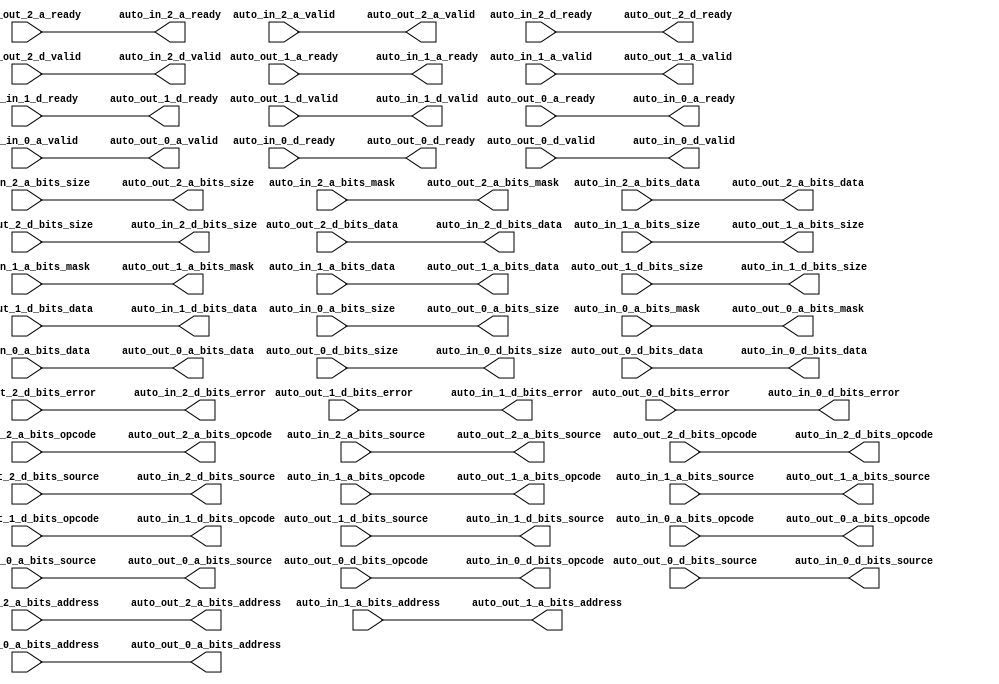
// Copyright (c) 2017, Microsemi Corporation
// All rights reserved.
//
// Redistribution and use in source and binary forms, with or without
// modification, are permitted provided that the following conditions are met:
//     * Redistributions of source code must retain the above copyright
//       notice, this list of conditions and the following disclaimer.
//     * Redistributions in binary form must reproduce the above copyright
//       notice, this list of conditions and the following disclaimer in the
//       documentation and/or other materials provided with the distribution.
//     * Neither the name of the <organization> nor the
//       names of its contributors may be used to endorse or promote products
//       derived from this software without specific prior written permission.
//
// THIS SOFTWARE IS PROVIDED BY THE COPYRIGHT HOLDERS AND CONTRIBUTORS "AS IS" AND
// ANY EXPRESS OR IMPLIED WARRANTIES, INCLUDING, BUT NOT LIMITED TO, THE IMPLIED
// WARRANTIES OF MERCHANTABILITY AND FITNESS FOR A PARTICULAR PURPOSE ARE
// DISCLAIMED. IN NO EVENT SHALL MICROSEMI CORPORATIONM BE LIABLE FOR ANY
// DIRECT, INDIRECT, INCIDENTAL, SPECIAL, EXEMPLARY, OR CONSEQUENTIAL DAMAGES
// (INCLUDING, BUT NOT LIMITED TO, PROCUREMENT OF SUBSTITUTE GOODS OR SERVICES;
// LOSS OF USE, DATA, OR PROFITS; OR BUSINESS INTERRUPTION) HOWEVER CAUSED AND
// ON ANY THEORY OF LIABILITY, WHETHER IN CONTRACT, STRICT LIABILITY, OR TORT
// (INCLUDING NEGLIGENCE OR OTHERWISE) ARISING IN ANY WAY OUT OF THE USE OF THIS
// SOFTWARE, EVEN IF ADVISED OF THE POSSIBILITY OF SUCH DAMAGE.
//
// APACHE LICENSE
// Copyright (c) 2017, Microsemi Corporation 
//
// Licensed under the Apache License, Version 2.0 (the "License");
// you may not use this file except in compliance with the License.
// You may obtain a copy of the License at
//
//    http://www.apache.org/licenses/LICENSE-2.0
//
// Unless required by applicable law or agreed to in writing, software
// distributed under the License is distributed on an "AS IS" BASIS,
// WITHOUT WARRANTIES OR CONDITIONS OF ANY KIND, either express or implied.
// See the License for the specific language governing permissions and
// limitations under the License.
//
// Description:
//
// SVN Revision Information:
// SVN $Revision: $
// SVN $Date: $
//
// Resolved SARs
// SAR      Date     Who   Description
//
// Notes:
//
// ****************************************************************************/
`ifndef RANDOMIZE_REG_INIT 
	 `define RANDOMIZE_REG_INIT 
 `endif
`ifndef RANDOMIZE_MEM_INIT 
	 `define RANDOMIZE_MEM_INIT 
 `endif
`ifndef RANDOMIZE 
	 `define RANDOMIZE 
`endif

`timescale 1ns/10ps
module MIV_RV32IMA_L1_AHB_C1_MIV_RV32IMA_L1_AHB_C1_0_MIV_RV32IMA_L1_AHB_TLBUFFER_PERIPHERY_BUS_SLAVE_TLBUFFER( // @[:freechips.rocketchip.system.MivRV32ImaL1AhbConfig.fir@3107.2]
  output        auto_in_2_a_ready, // @[:freechips.rocketchip.system.MivRV32ImaL1AhbConfig.fir@3110.4]
  input         auto_in_2_a_valid, // @[:freechips.rocketchip.system.MivRV32ImaL1AhbConfig.fir@3110.4]
  input  [2:0]  auto_in_2_a_bits_opcode, // @[:freechips.rocketchip.system.MivRV32ImaL1AhbConfig.fir@3110.4]
  input  [2:0]  auto_in_2_a_bits_size, // @[:freechips.rocketchip.system.MivRV32ImaL1AhbConfig.fir@3110.4]
  input  [2:0]  auto_in_2_a_bits_source, // @[:freechips.rocketchip.system.MivRV32ImaL1AhbConfig.fir@3110.4]
  input  [11:0] auto_in_2_a_bits_address, // @[:freechips.rocketchip.system.MivRV32ImaL1AhbConfig.fir@3110.4]
  input  [3:0]  auto_in_2_a_bits_mask, // @[:freechips.rocketchip.system.MivRV32ImaL1AhbConfig.fir@3110.4]
  input  [31:0] auto_in_2_a_bits_data, // @[:freechips.rocketchip.system.MivRV32ImaL1AhbConfig.fir@3110.4]
  input         auto_in_2_d_ready, // @[:freechips.rocketchip.system.MivRV32ImaL1AhbConfig.fir@3110.4]
  output        auto_in_2_d_valid, // @[:freechips.rocketchip.system.MivRV32ImaL1AhbConfig.fir@3110.4]
  output [2:0]  auto_in_2_d_bits_opcode, // @[:freechips.rocketchip.system.MivRV32ImaL1AhbConfig.fir@3110.4]
  output [2:0]  auto_in_2_d_bits_size, // @[:freechips.rocketchip.system.MivRV32ImaL1AhbConfig.fir@3110.4]
  output [2:0]  auto_in_2_d_bits_source, // @[:freechips.rocketchip.system.MivRV32ImaL1AhbConfig.fir@3110.4]
  output [31:0] auto_in_2_d_bits_data, // @[:freechips.rocketchip.system.MivRV32ImaL1AhbConfig.fir@3110.4]
  output        auto_in_2_d_bits_error, // @[:freechips.rocketchip.system.MivRV32ImaL1AhbConfig.fir@3110.4]
  output        auto_in_1_a_ready, // @[:freechips.rocketchip.system.MivRV32ImaL1AhbConfig.fir@3110.4]
  input         auto_in_1_a_valid, // @[:freechips.rocketchip.system.MivRV32ImaL1AhbConfig.fir@3110.4]
  input  [2:0]  auto_in_1_a_bits_opcode, // @[:freechips.rocketchip.system.MivRV32ImaL1AhbConfig.fir@3110.4]
  input  [2:0]  auto_in_1_a_bits_size, // @[:freechips.rocketchip.system.MivRV32ImaL1AhbConfig.fir@3110.4]
  input  [2:0]  auto_in_1_a_bits_source, // @[:freechips.rocketchip.system.MivRV32ImaL1AhbConfig.fir@3110.4]
  input  [30:0] auto_in_1_a_bits_address, // @[:freechips.rocketchip.system.MivRV32ImaL1AhbConfig.fir@3110.4]
  input  [3:0]  auto_in_1_a_bits_mask, // @[:freechips.rocketchip.system.MivRV32ImaL1AhbConfig.fir@3110.4]
  input  [31:0] auto_in_1_a_bits_data, // @[:freechips.rocketchip.system.MivRV32ImaL1AhbConfig.fir@3110.4]
  input         auto_in_1_d_ready, // @[:freechips.rocketchip.system.MivRV32ImaL1AhbConfig.fir@3110.4]
  output        auto_in_1_d_valid, // @[:freechips.rocketchip.system.MivRV32ImaL1AhbConfig.fir@3110.4]
  output [2:0]  auto_in_1_d_bits_opcode, // @[:freechips.rocketchip.system.MivRV32ImaL1AhbConfig.fir@3110.4]
  output [2:0]  auto_in_1_d_bits_size, // @[:freechips.rocketchip.system.MivRV32ImaL1AhbConfig.fir@3110.4]
  output [2:0]  auto_in_1_d_bits_source, // @[:freechips.rocketchip.system.MivRV32ImaL1AhbConfig.fir@3110.4]
  output [31:0] auto_in_1_d_bits_data, // @[:freechips.rocketchip.system.MivRV32ImaL1AhbConfig.fir@3110.4]
  output        auto_in_1_d_bits_error, // @[:freechips.rocketchip.system.MivRV32ImaL1AhbConfig.fir@3110.4]
  output        auto_in_0_a_ready, // @[:freechips.rocketchip.system.MivRV32ImaL1AhbConfig.fir@3110.4]
  input         auto_in_0_a_valid, // @[:freechips.rocketchip.system.MivRV32ImaL1AhbConfig.fir@3110.4]
  input  [2:0]  auto_in_0_a_bits_opcode, // @[:freechips.rocketchip.system.MivRV32ImaL1AhbConfig.fir@3110.4]
  input  [2:0]  auto_in_0_a_bits_size, // @[:freechips.rocketchip.system.MivRV32ImaL1AhbConfig.fir@3110.4]
  input  [2:0]  auto_in_0_a_bits_source, // @[:freechips.rocketchip.system.MivRV32ImaL1AhbConfig.fir@3110.4]
  input  [30:0] auto_in_0_a_bits_address, // @[:freechips.rocketchip.system.MivRV32ImaL1AhbConfig.fir@3110.4]
  input  [3:0]  auto_in_0_a_bits_mask, // @[:freechips.rocketchip.system.MivRV32ImaL1AhbConfig.fir@3110.4]
  input  [31:0] auto_in_0_a_bits_data, // @[:freechips.rocketchip.system.MivRV32ImaL1AhbConfig.fir@3110.4]
  input         auto_in_0_d_ready, // @[:freechips.rocketchip.system.MivRV32ImaL1AhbConfig.fir@3110.4]
  output        auto_in_0_d_valid, // @[:freechips.rocketchip.system.MivRV32ImaL1AhbConfig.fir@3110.4]
  output [2:0]  auto_in_0_d_bits_opcode, // @[:freechips.rocketchip.system.MivRV32ImaL1AhbConfig.fir@3110.4]
  output [2:0]  auto_in_0_d_bits_size, // @[:freechips.rocketchip.system.MivRV32ImaL1AhbConfig.fir@3110.4]
  output [2:0]  auto_in_0_d_bits_source, // @[:freechips.rocketchip.system.MivRV32ImaL1AhbConfig.fir@3110.4]
  output [31:0] auto_in_0_d_bits_data, // @[:freechips.rocketchip.system.MivRV32ImaL1AhbConfig.fir@3110.4]
  output        auto_in_0_d_bits_error, // @[:freechips.rocketchip.system.MivRV32ImaL1AhbConfig.fir@3110.4]
  input         auto_out_2_a_ready, // @[:freechips.rocketchip.system.MivRV32ImaL1AhbConfig.fir@3110.4]
  output        auto_out_2_a_valid, // @[:freechips.rocketchip.system.MivRV32ImaL1AhbConfig.fir@3110.4]
  output [2:0]  auto_out_2_a_bits_opcode, // @[:freechips.rocketchip.system.MivRV32ImaL1AhbConfig.fir@3110.4]
  output [2:0]  auto_out_2_a_bits_size, // @[:freechips.rocketchip.system.MivRV32ImaL1AhbConfig.fir@3110.4]
  output [2:0]  auto_out_2_a_bits_source, // @[:freechips.rocketchip.system.MivRV32ImaL1AhbConfig.fir@3110.4]
  output [11:0] auto_out_2_a_bits_address, // @[:freechips.rocketchip.system.MivRV32ImaL1AhbConfig.fir@3110.4]
  output [3:0]  auto_out_2_a_bits_mask, // @[:freechips.rocketchip.system.MivRV32ImaL1AhbConfig.fir@3110.4]
  output [31:0] auto_out_2_a_bits_data, // @[:freechips.rocketchip.system.MivRV32ImaL1AhbConfig.fir@3110.4]
  output        auto_out_2_d_ready, // @[:freechips.rocketchip.system.MivRV32ImaL1AhbConfig.fir@3110.4]
  input         auto_out_2_d_valid, // @[:freechips.rocketchip.system.MivRV32ImaL1AhbConfig.fir@3110.4]
  input  [2:0]  auto_out_2_d_bits_opcode, // @[:freechips.rocketchip.system.MivRV32ImaL1AhbConfig.fir@3110.4]
  input  [2:0]  auto_out_2_d_bits_size, // @[:freechips.rocketchip.system.MivRV32ImaL1AhbConfig.fir@3110.4]
  input  [2:0]  auto_out_2_d_bits_source, // @[:freechips.rocketchip.system.MivRV32ImaL1AhbConfig.fir@3110.4]
  input  [31:0] auto_out_2_d_bits_data, // @[:freechips.rocketchip.system.MivRV32ImaL1AhbConfig.fir@3110.4]
  input         auto_out_2_d_bits_error, // @[:freechips.rocketchip.system.MivRV32ImaL1AhbConfig.fir@3110.4]
  input         auto_out_1_a_ready, // @[:freechips.rocketchip.system.MivRV32ImaL1AhbConfig.fir@3110.4]
  output        auto_out_1_a_valid, // @[:freechips.rocketchip.system.MivRV32ImaL1AhbConfig.fir@3110.4]
  output [2:0]  auto_out_1_a_bits_opcode, // @[:freechips.rocketchip.system.MivRV32ImaL1AhbConfig.fir@3110.4]
  output [2:0]  auto_out_1_a_bits_size, // @[:freechips.rocketchip.system.MivRV32ImaL1AhbConfig.fir@3110.4]
  output [2:0]  auto_out_1_a_bits_source, // @[:freechips.rocketchip.system.MivRV32ImaL1AhbConfig.fir@3110.4]
  output [30:0] auto_out_1_a_bits_address, // @[:freechips.rocketchip.system.MivRV32ImaL1AhbConfig.fir@3110.4]
  output [3:0]  auto_out_1_a_bits_mask, // @[:freechips.rocketchip.system.MivRV32ImaL1AhbConfig.fir@3110.4]
  output [31:0] auto_out_1_a_bits_data, // @[:freechips.rocketchip.system.MivRV32ImaL1AhbConfig.fir@3110.4]
  output        auto_out_1_d_ready, // @[:freechips.rocketchip.system.MivRV32ImaL1AhbConfig.fir@3110.4]
  input         auto_out_1_d_valid, // @[:freechips.rocketchip.system.MivRV32ImaL1AhbConfig.fir@3110.4]
  input  [2:0]  auto_out_1_d_bits_opcode, // @[:freechips.rocketchip.system.MivRV32ImaL1AhbConfig.fir@3110.4]
  input  [2:0]  auto_out_1_d_bits_size, // @[:freechips.rocketchip.system.MivRV32ImaL1AhbConfig.fir@3110.4]
  input  [2:0]  auto_out_1_d_bits_source, // @[:freechips.rocketchip.system.MivRV32ImaL1AhbConfig.fir@3110.4]
  input  [31:0] auto_out_1_d_bits_data, // @[:freechips.rocketchip.system.MivRV32ImaL1AhbConfig.fir@3110.4]
  input         auto_out_1_d_bits_error, // @[:freechips.rocketchip.system.MivRV32ImaL1AhbConfig.fir@3110.4]
  input         auto_out_0_a_ready, // @[:freechips.rocketchip.system.MivRV32ImaL1AhbConfig.fir@3110.4]
  output        auto_out_0_a_valid, // @[:freechips.rocketchip.system.MivRV32ImaL1AhbConfig.fir@3110.4]
  output [2:0]  auto_out_0_a_bits_opcode, // @[:freechips.rocketchip.system.MivRV32ImaL1AhbConfig.fir@3110.4]
  output [2:0]  auto_out_0_a_bits_size, // @[:freechips.rocketchip.system.MivRV32ImaL1AhbConfig.fir@3110.4]
  output [2:0]  auto_out_0_a_bits_source, // @[:freechips.rocketchip.system.MivRV32ImaL1AhbConfig.fir@3110.4]
  output [30:0] auto_out_0_a_bits_address, // @[:freechips.rocketchip.system.MivRV32ImaL1AhbConfig.fir@3110.4]
  output [3:0]  auto_out_0_a_bits_mask, // @[:freechips.rocketchip.system.MivRV32ImaL1AhbConfig.fir@3110.4]
  output [31:0] auto_out_0_a_bits_data, // @[:freechips.rocketchip.system.MivRV32ImaL1AhbConfig.fir@3110.4]
  output        auto_out_0_d_ready, // @[:freechips.rocketchip.system.MivRV32ImaL1AhbConfig.fir@3110.4]
  input         auto_out_0_d_valid, // @[:freechips.rocketchip.system.MivRV32ImaL1AhbConfig.fir@3110.4]
  input  [2:0]  auto_out_0_d_bits_opcode, // @[:freechips.rocketchip.system.MivRV32ImaL1AhbConfig.fir@3110.4]
  input  [2:0]  auto_out_0_d_bits_size, // @[:freechips.rocketchip.system.MivRV32ImaL1AhbConfig.fir@3110.4]
  input  [2:0]  auto_out_0_d_bits_source, // @[:freechips.rocketchip.system.MivRV32ImaL1AhbConfig.fir@3110.4]
  input  [31:0] auto_out_0_d_bits_data, // @[:freechips.rocketchip.system.MivRV32ImaL1AhbConfig.fir@3110.4]
  input         auto_out_0_d_bits_error // @[:freechips.rocketchip.system.MivRV32ImaL1AhbConfig.fir@3110.4]
);
  assign auto_in_2_a_ready = auto_out_2_a_ready;
  assign auto_in_2_d_valid = auto_out_2_d_valid;
  assign auto_in_2_d_bits_opcode = auto_out_2_d_bits_opcode;
  assign auto_in_2_d_bits_size = auto_out_2_d_bits_size;
  assign auto_in_2_d_bits_source = auto_out_2_d_bits_source;
  assign auto_in_2_d_bits_data = auto_out_2_d_bits_data;
  assign auto_in_2_d_bits_error = auto_out_2_d_bits_error;
  assign auto_in_1_a_ready = auto_out_1_a_ready;
  assign auto_in_1_d_valid = auto_out_1_d_valid;
  assign auto_in_1_d_bits_opcode = auto_out_1_d_bits_opcode;
  assign auto_in_1_d_bits_size = auto_out_1_d_bits_size;
  assign auto_in_1_d_bits_source = auto_out_1_d_bits_source;
  assign auto_in_1_d_bits_data = auto_out_1_d_bits_data;
  assign auto_in_1_d_bits_error = auto_out_1_d_bits_error;
  assign auto_in_0_a_ready = auto_out_0_a_ready;
  assign auto_in_0_d_valid = auto_out_0_d_valid;
  assign auto_in_0_d_bits_opcode = auto_out_0_d_bits_opcode;
  assign auto_in_0_d_bits_size = auto_out_0_d_bits_size;
  assign auto_in_0_d_bits_source = auto_out_0_d_bits_source;
  assign auto_in_0_d_bits_data = auto_out_0_d_bits_data;
  assign auto_in_0_d_bits_error = auto_out_0_d_bits_error;
  assign auto_out_2_a_valid = auto_in_2_a_valid;
  assign auto_out_2_a_bits_opcode = auto_in_2_a_bits_opcode;
  assign auto_out_2_a_bits_size = auto_in_2_a_bits_size;
  assign auto_out_2_a_bits_source = auto_in_2_a_bits_source;
  assign auto_out_2_a_bits_address = auto_in_2_a_bits_address;
  assign auto_out_2_a_bits_mask = auto_in_2_a_bits_mask;
  assign auto_out_2_a_bits_data = auto_in_2_a_bits_data;
  assign auto_out_2_d_ready = auto_in_2_d_ready;
  assign auto_out_1_a_valid = auto_in_1_a_valid;
  assign auto_out_1_a_bits_opcode = auto_in_1_a_bits_opcode;
  assign auto_out_1_a_bits_size = auto_in_1_a_bits_size;
  assign auto_out_1_a_bits_source = auto_in_1_a_bits_source;
  assign auto_out_1_a_bits_address = auto_in_1_a_bits_address;
  assign auto_out_1_a_bits_mask = auto_in_1_a_bits_mask;
  assign auto_out_1_a_bits_data = auto_in_1_a_bits_data;
  assign auto_out_1_d_ready = auto_in_1_d_ready;
  assign auto_out_0_a_valid = auto_in_0_a_valid;
  assign auto_out_0_a_bits_opcode = auto_in_0_a_bits_opcode;
  assign auto_out_0_a_bits_size = auto_in_0_a_bits_size;
  assign auto_out_0_a_bits_source = auto_in_0_a_bits_source;
  assign auto_out_0_a_bits_address = auto_in_0_a_bits_address;
  assign auto_out_0_a_bits_mask = auto_in_0_a_bits_mask;
  assign auto_out_0_a_bits_data = auto_in_0_a_bits_data;
  assign auto_out_0_d_ready = auto_in_0_d_ready;
endmodule